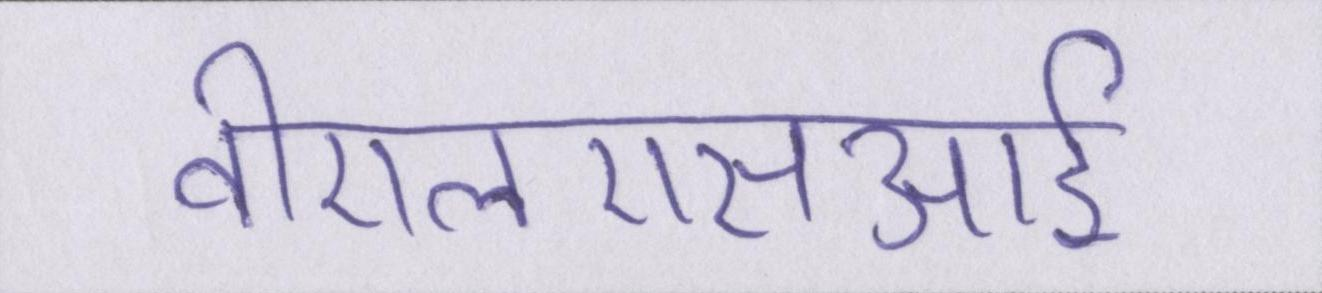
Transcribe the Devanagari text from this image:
वीएलएसआई